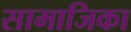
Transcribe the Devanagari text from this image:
सामाजिका